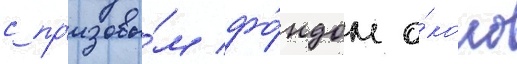
с пр'изовы́м фо́ндом о́коло